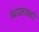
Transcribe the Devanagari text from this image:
सेवादलासाठी